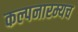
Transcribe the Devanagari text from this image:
कल्पनारम्यच